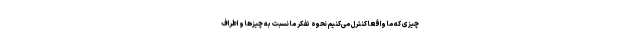
چیزی که ما واقعا کنترل می‌کنیم نحوهٔ تفکر ما نسبت به چیزها و اطراف